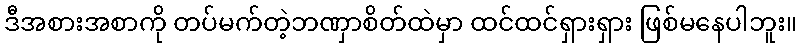
ဒီအစားအစာကို တပ်မက်တဲ့ဘဏှာစိတ်ထဲမှာ ထင်ထင်ရှားရှား ဖြစ်မနေပါဘူး။